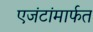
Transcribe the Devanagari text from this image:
एजंटांमार्फत